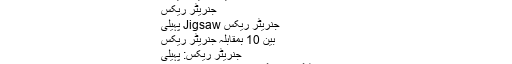
آن لائن کھیل جنریٹر ریکس
جنریٹر ریکس
جنریٹر ریکس Jigsaw پہیلی
بین 10 بمقابلہ جنریٹر ریکس
جنریٹر ریکس: پہیلی
لڑائی، شوٹنگ اور لوگ دوڑ میں مقابلہ پسند ہے؟